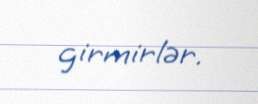
girmirlər.